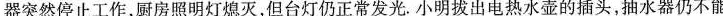
器突然停止工作，厨房照明灯熄灭，但台灯仍正常发光。小明拔出电热水壶的插头，抽水器仍不能